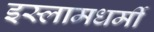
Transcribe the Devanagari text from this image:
इस्लामधर्मी